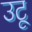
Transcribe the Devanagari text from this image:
उटू